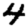
Digit: 4